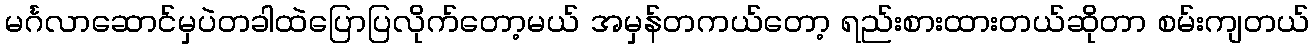
မင်္ဂလာဆောင်မှပဲတခါထဲပြောပြလိုက်တော့မယ် အမှန်တကယ်တော့ ရည်းစားထားတယ်ဆိုတာ စမ်းကျတယ်